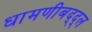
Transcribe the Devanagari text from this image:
धामणीबद्द्ल